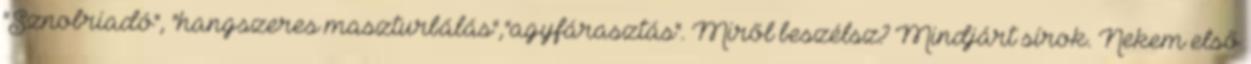
"Sznobriadó", "hangszeres maszturbálás","agyfárasztás". Miről beszélsz? Mindjárt sí­rok. Nekem első